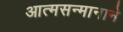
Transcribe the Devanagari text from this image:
आत्मसन्मानाने